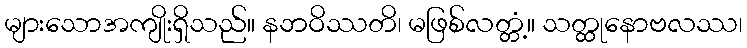
များသောအကျိုးရှိသည်။ နဘဝိဿတိ၊ မဖြစ်လတ္တံ့။ သတ္ထုနောဗလဿ၊